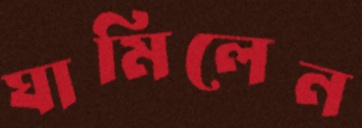
ঘামিলেন